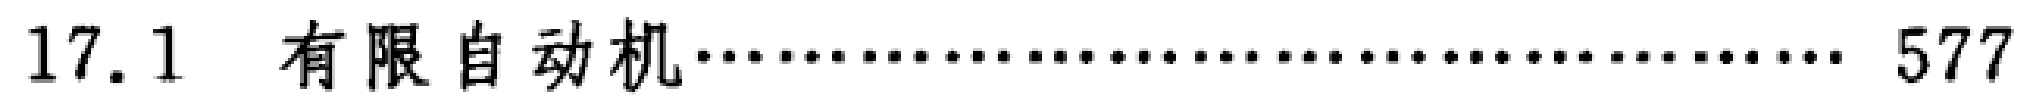
17.1 有限自动机\dotfill 577